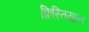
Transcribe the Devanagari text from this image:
क्रिस्तियान